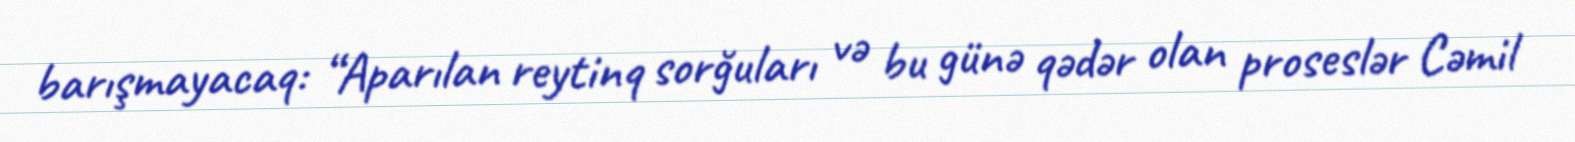
barışmayacaq: “Aparılan reytinq sorğuları və bu günə qədər olan proseslər Cəmil